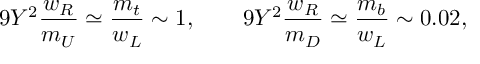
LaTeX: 9 Y ^ { 2 } { \frac { w _ { R } } { m _ { U } } } \simeq { \frac { m _ { t } } { w _ { L } } } \sim 1 , \qquad 9 Y ^ { 2 } { \frac { w _ { R } } { m _ { D } } } \simeq { \frac { m _ { b } } { w _ { L } } } \sim 0 . 0 2 ,